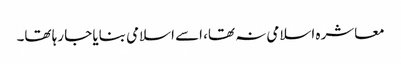
معاشرہ اسلامی نہ تھا، اسے اسلامی بنایا جا رہا تھا۔